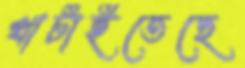
খাটাইতেছে